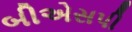
બીએસપી